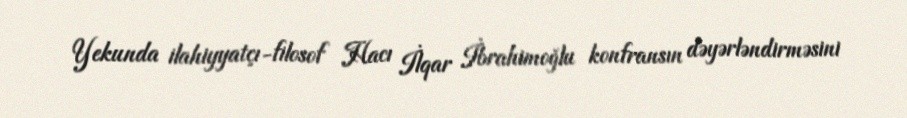
Yekunda ilahiyyatçı-filosof Hacı İlqar İbrahimoğlu konfransın dəyərləndirməsini